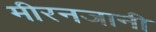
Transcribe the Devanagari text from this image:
मीरनजानी